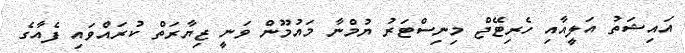
އައިޝަތު އަލީއާއި ހެރިޓޭޖް މިނިސްޓަރު ޔުމްނާ މައުމޫން ވަނީ ޒިޔާރަތް ކުރައްވައި ފެއާގެ